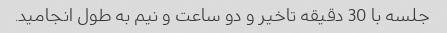
جلسه با 30 دقیقه تاخیر و دو ساعت و نیم به طول انجامید.